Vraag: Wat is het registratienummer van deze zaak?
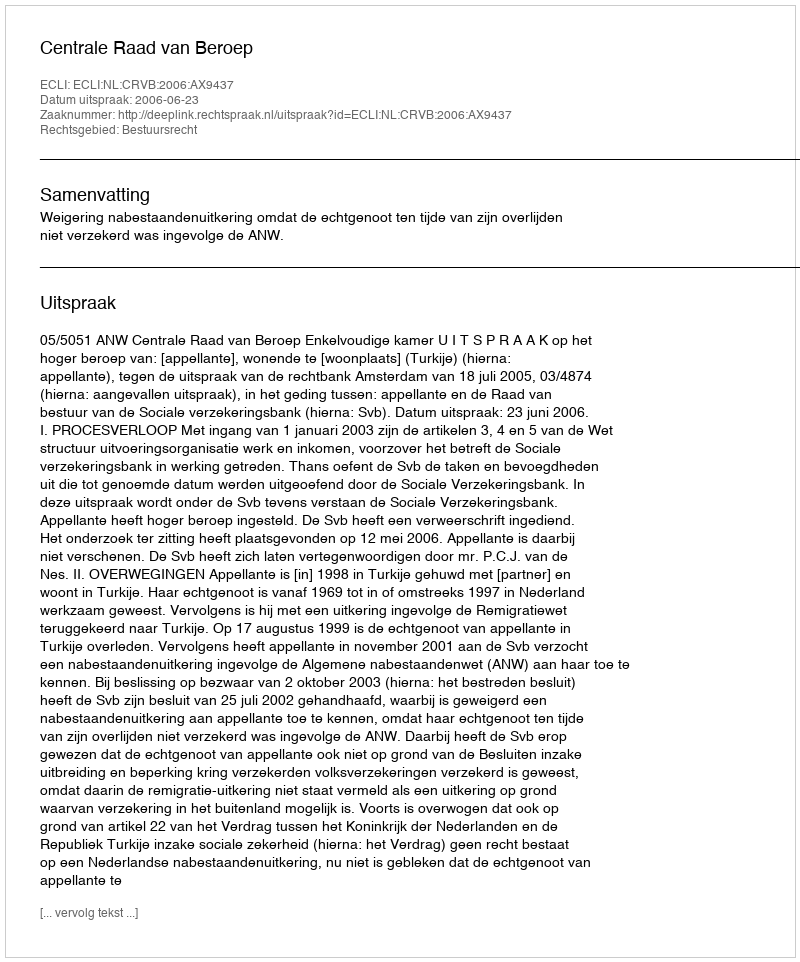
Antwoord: http://deeplink.rechtspraak.nl/uitspraak?id=ECLI:NL:CRVB:2006:AX9437